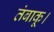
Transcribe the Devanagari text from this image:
तंबाकू।